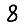
Digit: 8